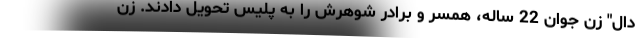
دال" زن جوان 22 ساله، همسر و برادر شوهرش را به پلیس تحویل دادند. زن